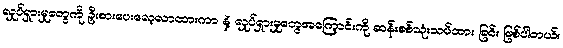
လှုပ်ရှားမှုတွေကို ဦးစားပေးလေ့လာထားကာ နဲ့ လှုပ်ရှားမှုတွေအကြောင်းကို ဆန်းစစ်သုံးသပ်ထား ခြင်း ဖြစ်ပါတယ်။